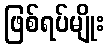
ဖြစ်ရပ်မျိုး